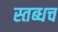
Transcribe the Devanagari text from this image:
स्तब्धच